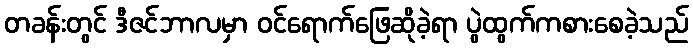
တခန်းတွင် ဒီဇင်ဘာလမှာ ဝင်ရောက်ဖြေဆိုခဲ့ရာ ပွဲထွက်ကစားစေခဲ့သည်